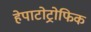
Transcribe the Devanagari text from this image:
हेपाटोट्रोफिक